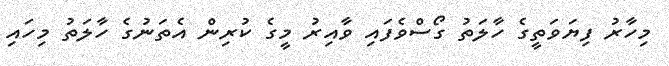
މިހާރު ފިޔަވަތީގެ ހާލަތު ގޯސްވެފައި ވާއިރު މީގެ ކުރިން އެތަނުގެ ހާލަތު މިހައި